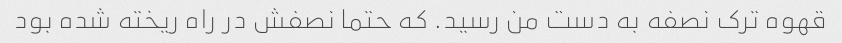
قهوه ترک نصفه به دست من رسید. که حتما نصفش در راه ریخته شده بود